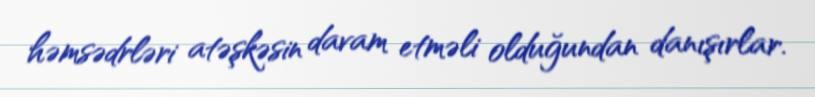
həmsədrləri atəşkəsin davam etməli olduğundan danışırlar.